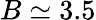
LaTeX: B\simeq 3.5